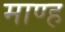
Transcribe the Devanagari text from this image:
माण्ह